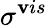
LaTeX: \sigma^{\mathbf{v}is}